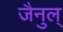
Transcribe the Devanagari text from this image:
जैनुल्